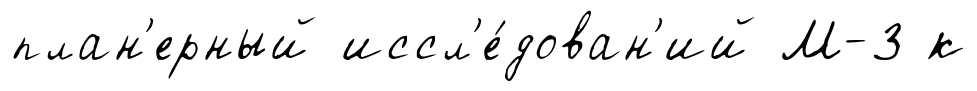
план'ерный иссл'е́дован'ий М-3 к